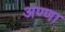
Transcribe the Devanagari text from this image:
अण्‍णा